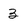
Character: 3